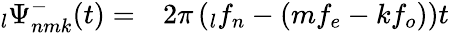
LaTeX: \begin{array}{rl}{\phantom{}_{l}\Psi_{nmk}^{-}(t)=}&{{}2\pi\left(\phantom{}_{l}f_{n}-(mf_{e}-kf_{o})\right)t}\end{array}